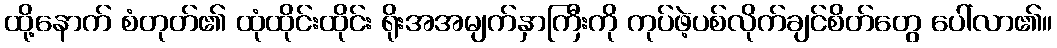
ထို့နောက် စံတုတ်၏ ထုံထိုင်းထိုင်း ရိုးအအမျက်နှာကြီးကို ကုပ်ဖဲ့ပစ်လိုက်ချင်စိတ်တွေ ပေါ်လာ၏။